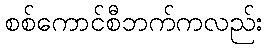
စစ်ကောင်စီဘက်ကလည်း